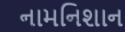
નામનિશાન